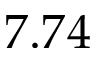
7 . 7 4